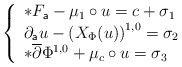
\begin{align*} \left\{ \begin{array}{lcl} \ast F_{\mathsf{a}} - \mu_{1}\circ u = c + \sigma_{1} \\ \partial_{\mathsf{a}}u - \left(X_{\Phi}(u)\right)^{1,0}= \sigma_{2} \\ \ast\overline{\partial}\Phi^{1,0} + \mu_{c}\circ u = \sigma_{3} \end{array} \right.\end{align*}